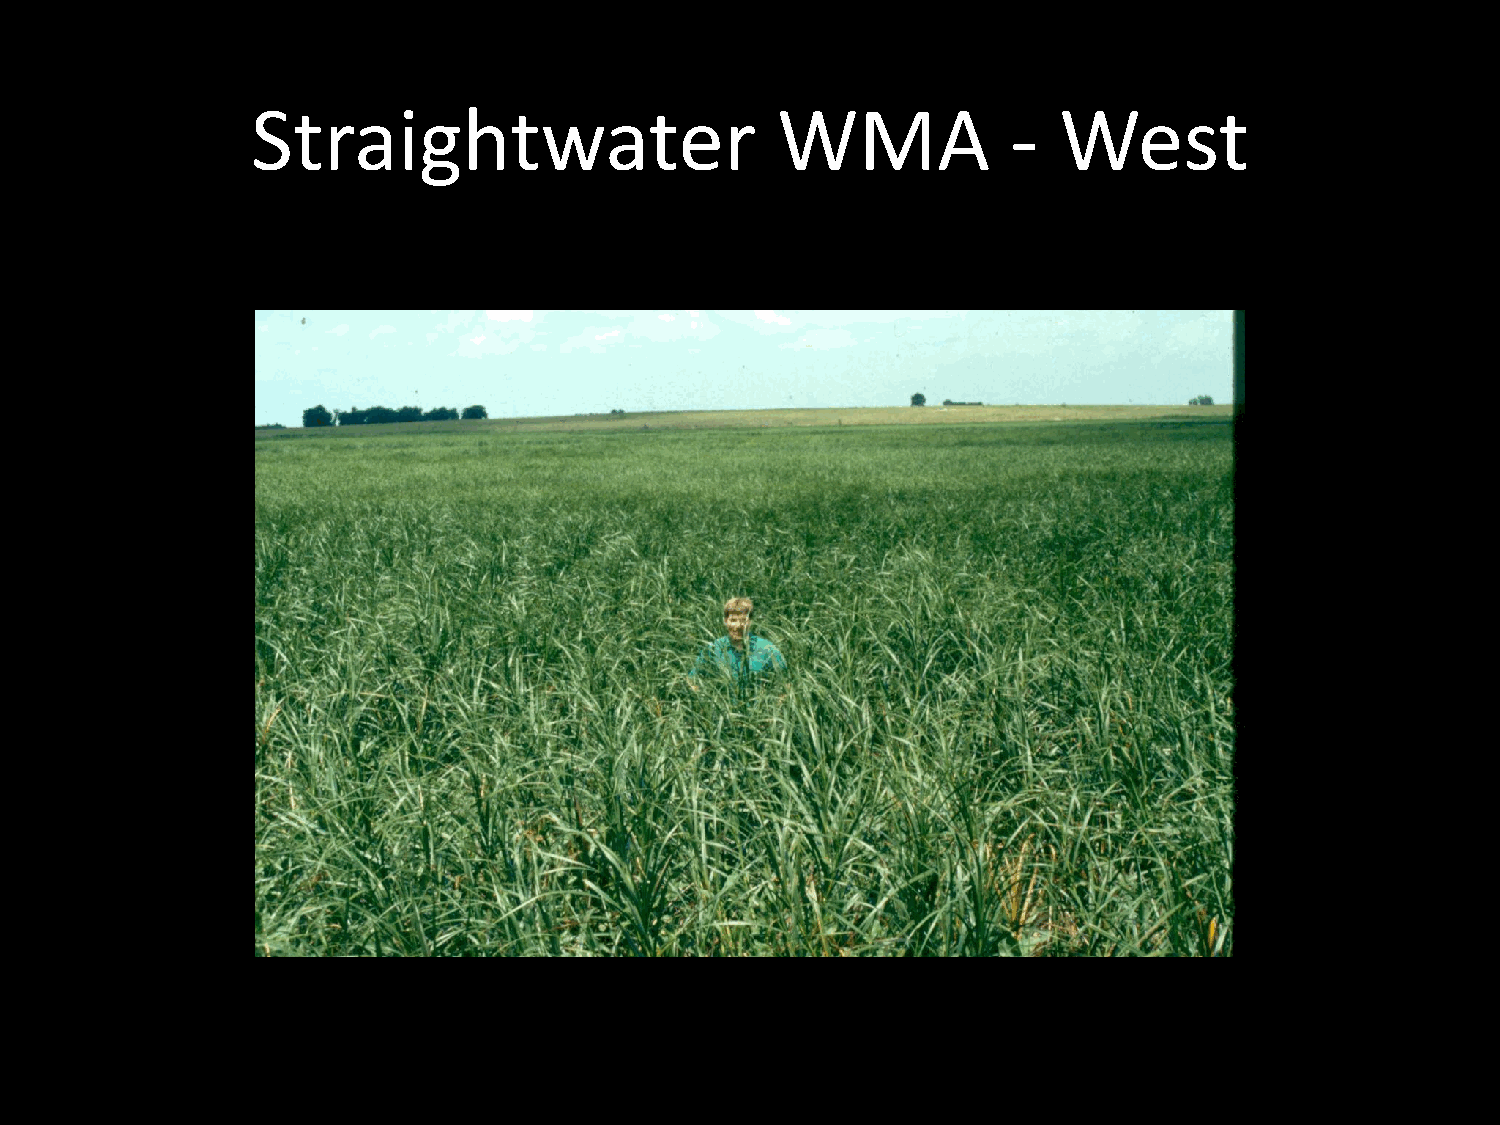
Straightwater                     WMA             -  West